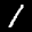
Label: 1